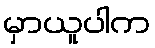
မှာယူပါက